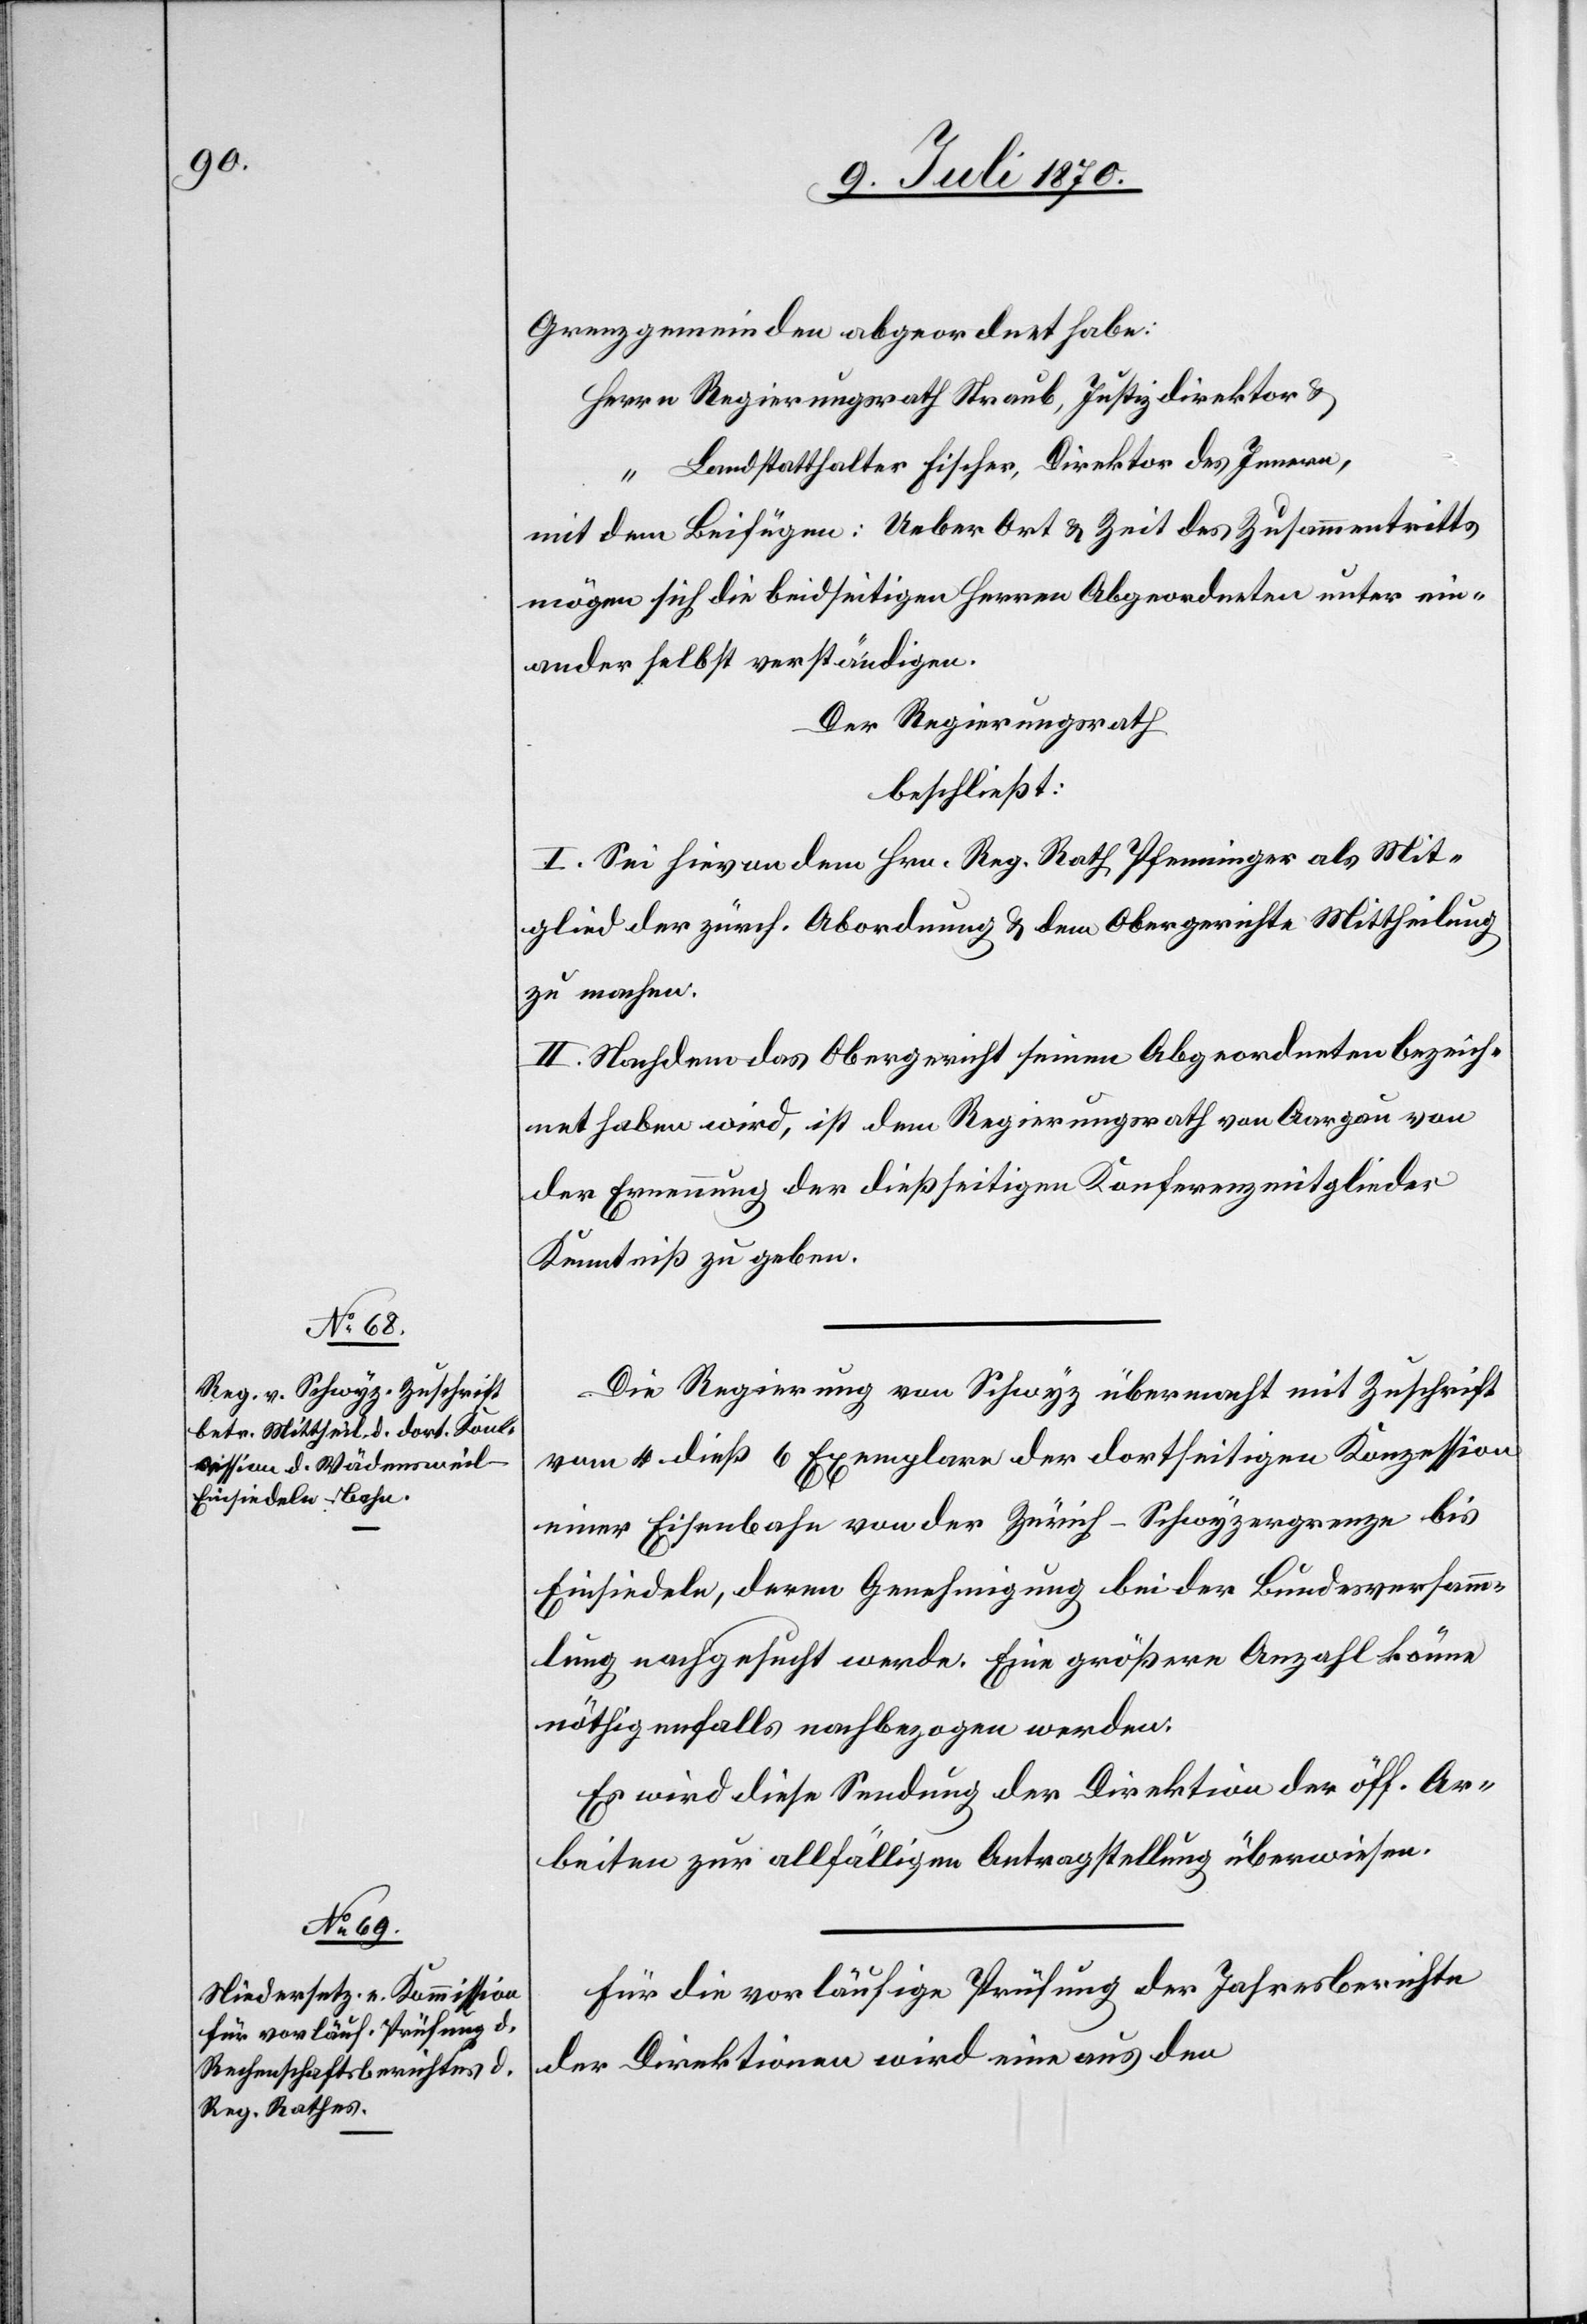
Grenzgemeinden abgeordnet habe:
Herrn Regierungsrath Straub, Justizdirektor &
“ Landstatthalter Fischer, Direktor des Innern,
mit dem Beifügen: Ueber Art & Zeit des Zusammentritts
mögen sich die beidseitigen Herren Abgeordneten unter ein¬
ander selbst verständigen.
Der Regierungsrath
beschließt:
I. Sei hievon dem Hrn. Reg. Rath Pfenninger als Mit¬
glied der zürch. Abordnung & dem Obergerichte Mittheilung
zu machen.
II. Nachdem das Obergericht seinen Abgeordneten bezeich¬
net haben wird, ist dem Regierungsrath von Aargau von
der Ernennung der dießseitigen Konferenzmitglieder
Kenntniß zu geben.
Die Regierung von Schwyz übermacht mit Zuschrift
vom 4. dieß 6 Exemplare der dortseitigen Konzession
einer Eisenbahn von der Zürich-Schwyzergrenze bis
Einsiedeln, deren Genehmigung bei der Bundesversamm¬
lung nachgesucht werde. Eine größere Anzahl könne
nöthigenfalls nachbezogen werden.
Es wird diese Sendung der Direktion der öff. Ar¬
beiten zur allfälligen Antragstellung überwiesen.
Für die vorläufige Prüfung der Jahresberichte
der Direktionen wird eine aus den